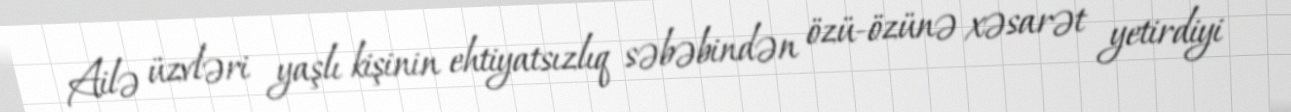
Ailə üzvləri yaşlı kişinin ehtiyatsızlıq səbəbindən özü-özünə xəsarət yetirdiyi